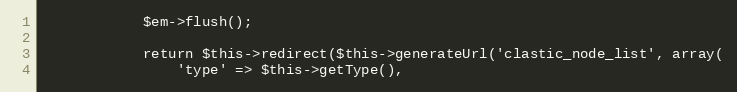
Language: PHP
            $em->flush();

            return $this->redirect($this->generateUrl('clastic_node_list', array(
                'type' => $this->getType(),